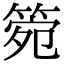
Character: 箢